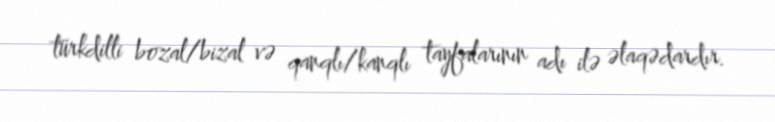
türkdilli bozal/bizal və qanqlı/kanqlı tayfalarının adı ilə əlaqədardır.